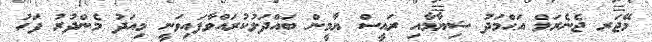
މޭޖަރ ޖެނެރަލް އަޙްމަދު ޝިޔާމާއި ރައީސް ޔާމީން ބައްދަލުކުރައްވާފައިވަނީ މިއަދު މެންދުރު ފަހު